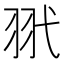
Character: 𦏵